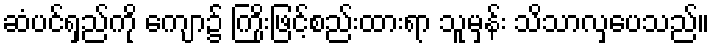
ဆံပင်ရှည်ကို ကျော၌ ကြိုးဖြင့်စည်းထားရာ သူမှန်း သိသာလှပေသည်။